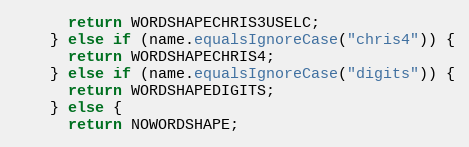
Language: Java
      return WORDSHAPECHRIS3USELC;
    } else if (name.equalsIgnoreCase("chris4")) {
      return WORDSHAPECHRIS4;
    } else if (name.equalsIgnoreCase("digits")) {
      return WORDSHAPEDIGITS;
    } else {
      return NOWORDSHAPE;